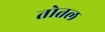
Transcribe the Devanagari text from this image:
तोतल